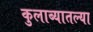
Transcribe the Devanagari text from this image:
कुलाब्यातल्या